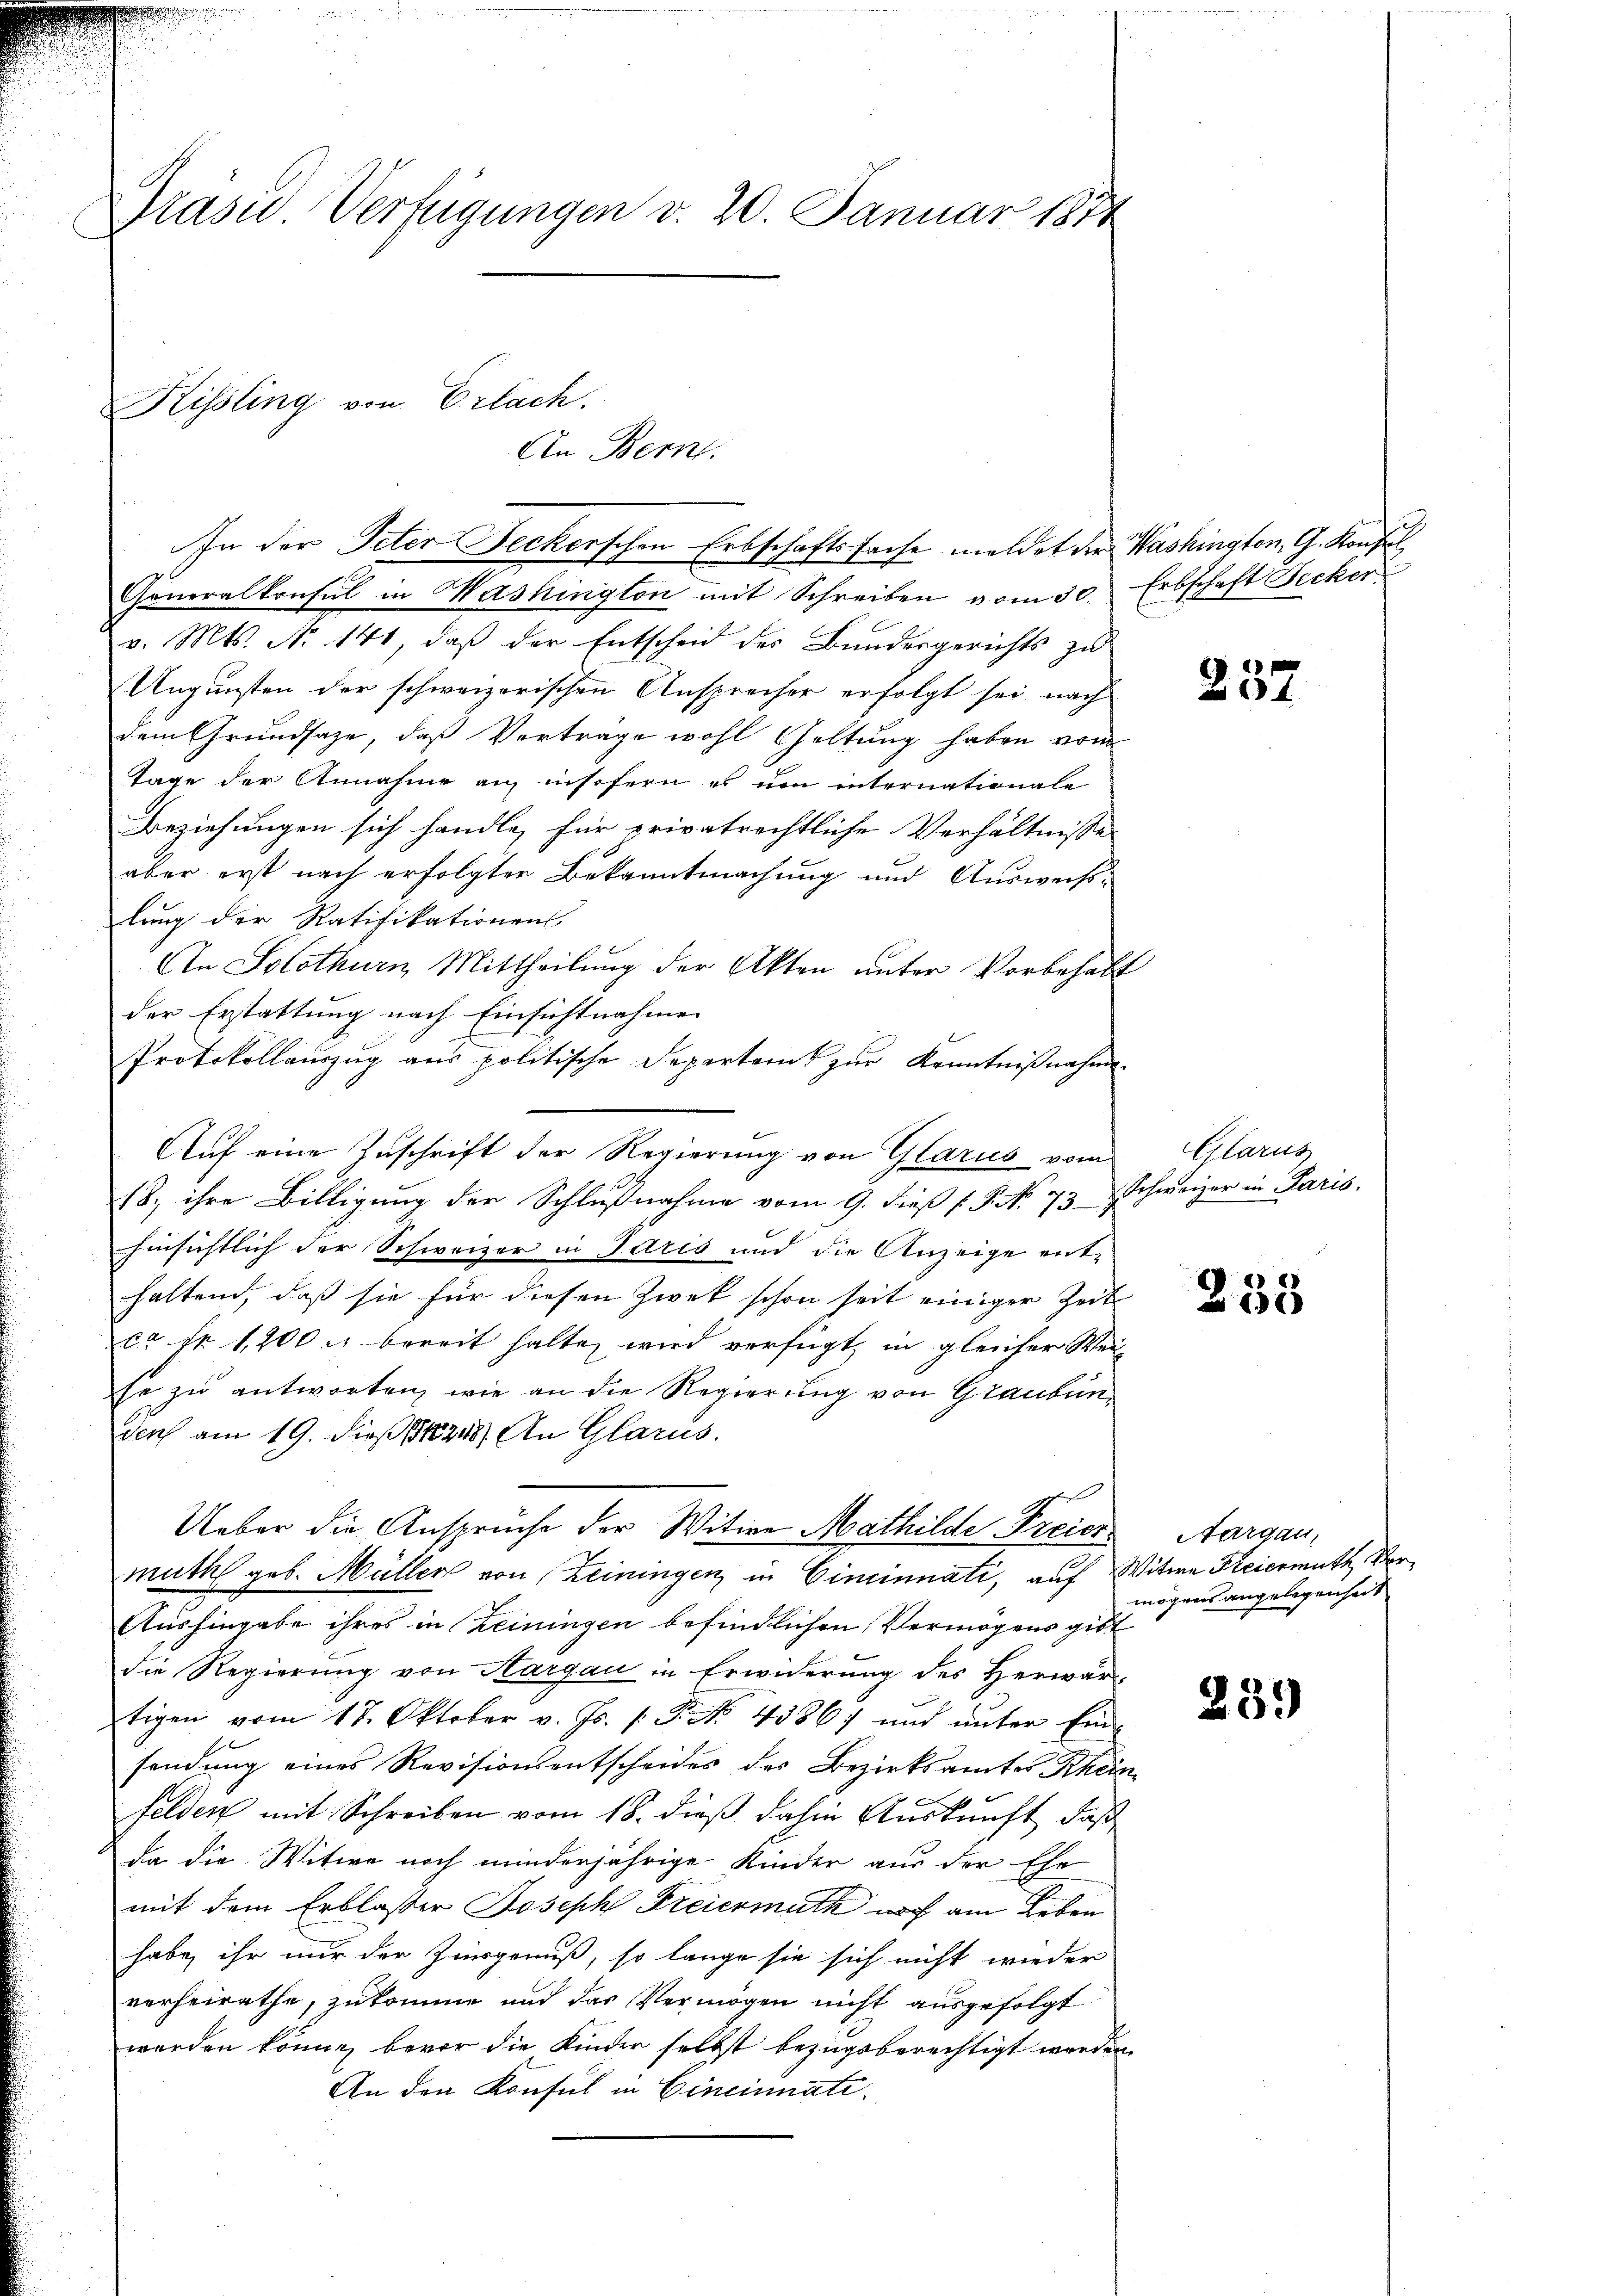
Präsid. Verfügungen v. 20. Januar 1874

Generalkonsul in Washington mit Schreiben vom 30. Erbschaft Decker
v. Mts. No 141, daß der Entscheid des Bundesgerichts zu
Ungunsten der schweizerischen Ansprecher erfolgt sei, nach
dem Grundsaze, daß Vertrage wohl haltung haben vom
Tage der Annahme an insofern es um internationale
Beziehungen sich handle, für privatrechtliche Verhältnisse
aber erst nach erfolgter Bekanntmachung und Ausweisslung der Ratifikationen
An Solothurn Mittheilung der Akten unter Vorbehalt
der Erstattung nach Einsichtnahme
Protokollaŭszŭg aŭs politische Departamt zŭr Kenntniβnahme
18, ihre Billigung der Schlußnahme vom 9. dieß P. N. 73. Schweizer in Paris.
hinsichtlich der Schweizer in Paris und die Anzeige enthaltend, daß sie für diesen Zwek schon seit einiger Zeit
ca Fr. 1200 c. bereit halten wird verfügt, in gleicher Wei
se zu antworten, wie an die Regierung von Graubunders am 19. dieß 18248) An Glarus.
Ueber die Ansprüche der Witwe Mathilde Freier
muth geb. Müller von Leiningen in Cincinnati, auf Witwe Feiermuth Vor¬
Aushingabe ihres in Reiningen befindlichen Vermögens gibt
die Regierung von Aargau in Erwiderung des Herwärtigen vom 17. Oktober v. Js. s. S. No. 4386) und unter Ein-
sendung eines Revisionsentscheides des Bezirksamtes Rhein
felden mit Schreiben vom 18. dieß dahin Auskunft, daß
da die Witwe noch minderjährige Kinder aus der Ehe
mit dem Erblasser Joseph Freiermuth auf am Leben
habe ihr nur der Zinsgenuß, so lange sie sich nicht wieder
verheirathe, zukomme und das Vermögen nicht ausgefolgt
werden könne, bevor die Kinder selbst bezugsberechtigt worden
An den Konsul in Cincinnate.

An Bern.

Hissling von Erlach.

In der Peter Seckerschen Erbschaftssache meldet der Washington, G. Konsul

Auf eine Zuschrift der Regierung von Glarus vom

257

Glarus

253

Aargau,
mögens angelegenheit

239